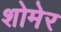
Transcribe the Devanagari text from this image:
शोमेर